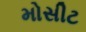
મોસીટ